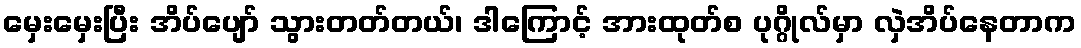
မှေးမှေးပြီး အိပ်ပျော် သွားတတ်တယ်၊ ဒါကြောင့် အားထုတ်စ ပုဂ္ဂိုလ်မှာ လှဲအိပ်နေတာက